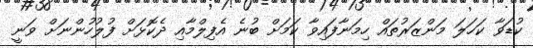
ކުޑަވާ ކަހަލަ މަންޒަރުތައް ހިމަނާފައިވާ ކަމަށް ބުނެ އެފިލްމާއި ދެކޮޅަށް ފުލުހުންނަށް ވަނީ